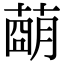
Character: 𦹩